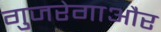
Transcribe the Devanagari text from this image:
गुजरेगाऔर